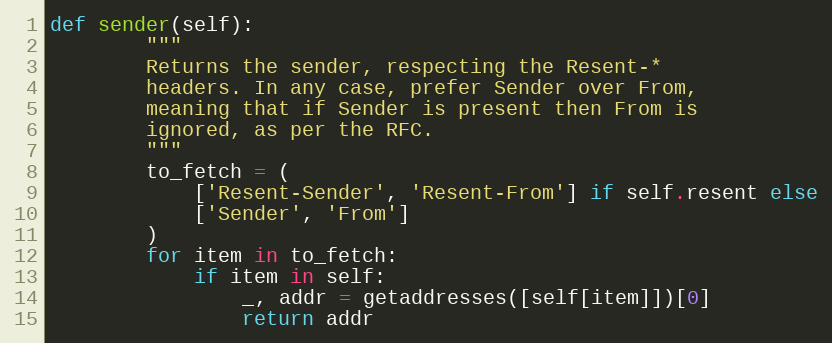
Language: Python
def sender(self):
        """
        Returns the sender, respecting the Resent-*
        headers. In any case, prefer Sender over From,
        meaning that if Sender is present then From is
        ignored, as per the RFC.
        """
        to_fetch = (
            ['Resent-Sender', 'Resent-From'] if self.resent else
            ['Sender', 'From']
        )
        for item in to_fetch:
            if item in self:
                _, addr = getaddresses([self[item]])[0]
                return addr